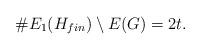
LaTeX: \begin{align*}\#E_1(H_{fin}) \setminus E(G) = 2t.\end{align*}